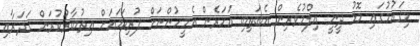
މިޤައުމުގައި މޮޅު ދީނީ އިލްމުވެރިން އެބަތިބި އަހަރެން އެމީހުންނަށް ފުރިހަމައަށް އިތުބާރުކުރަން ޤަދަރާއި